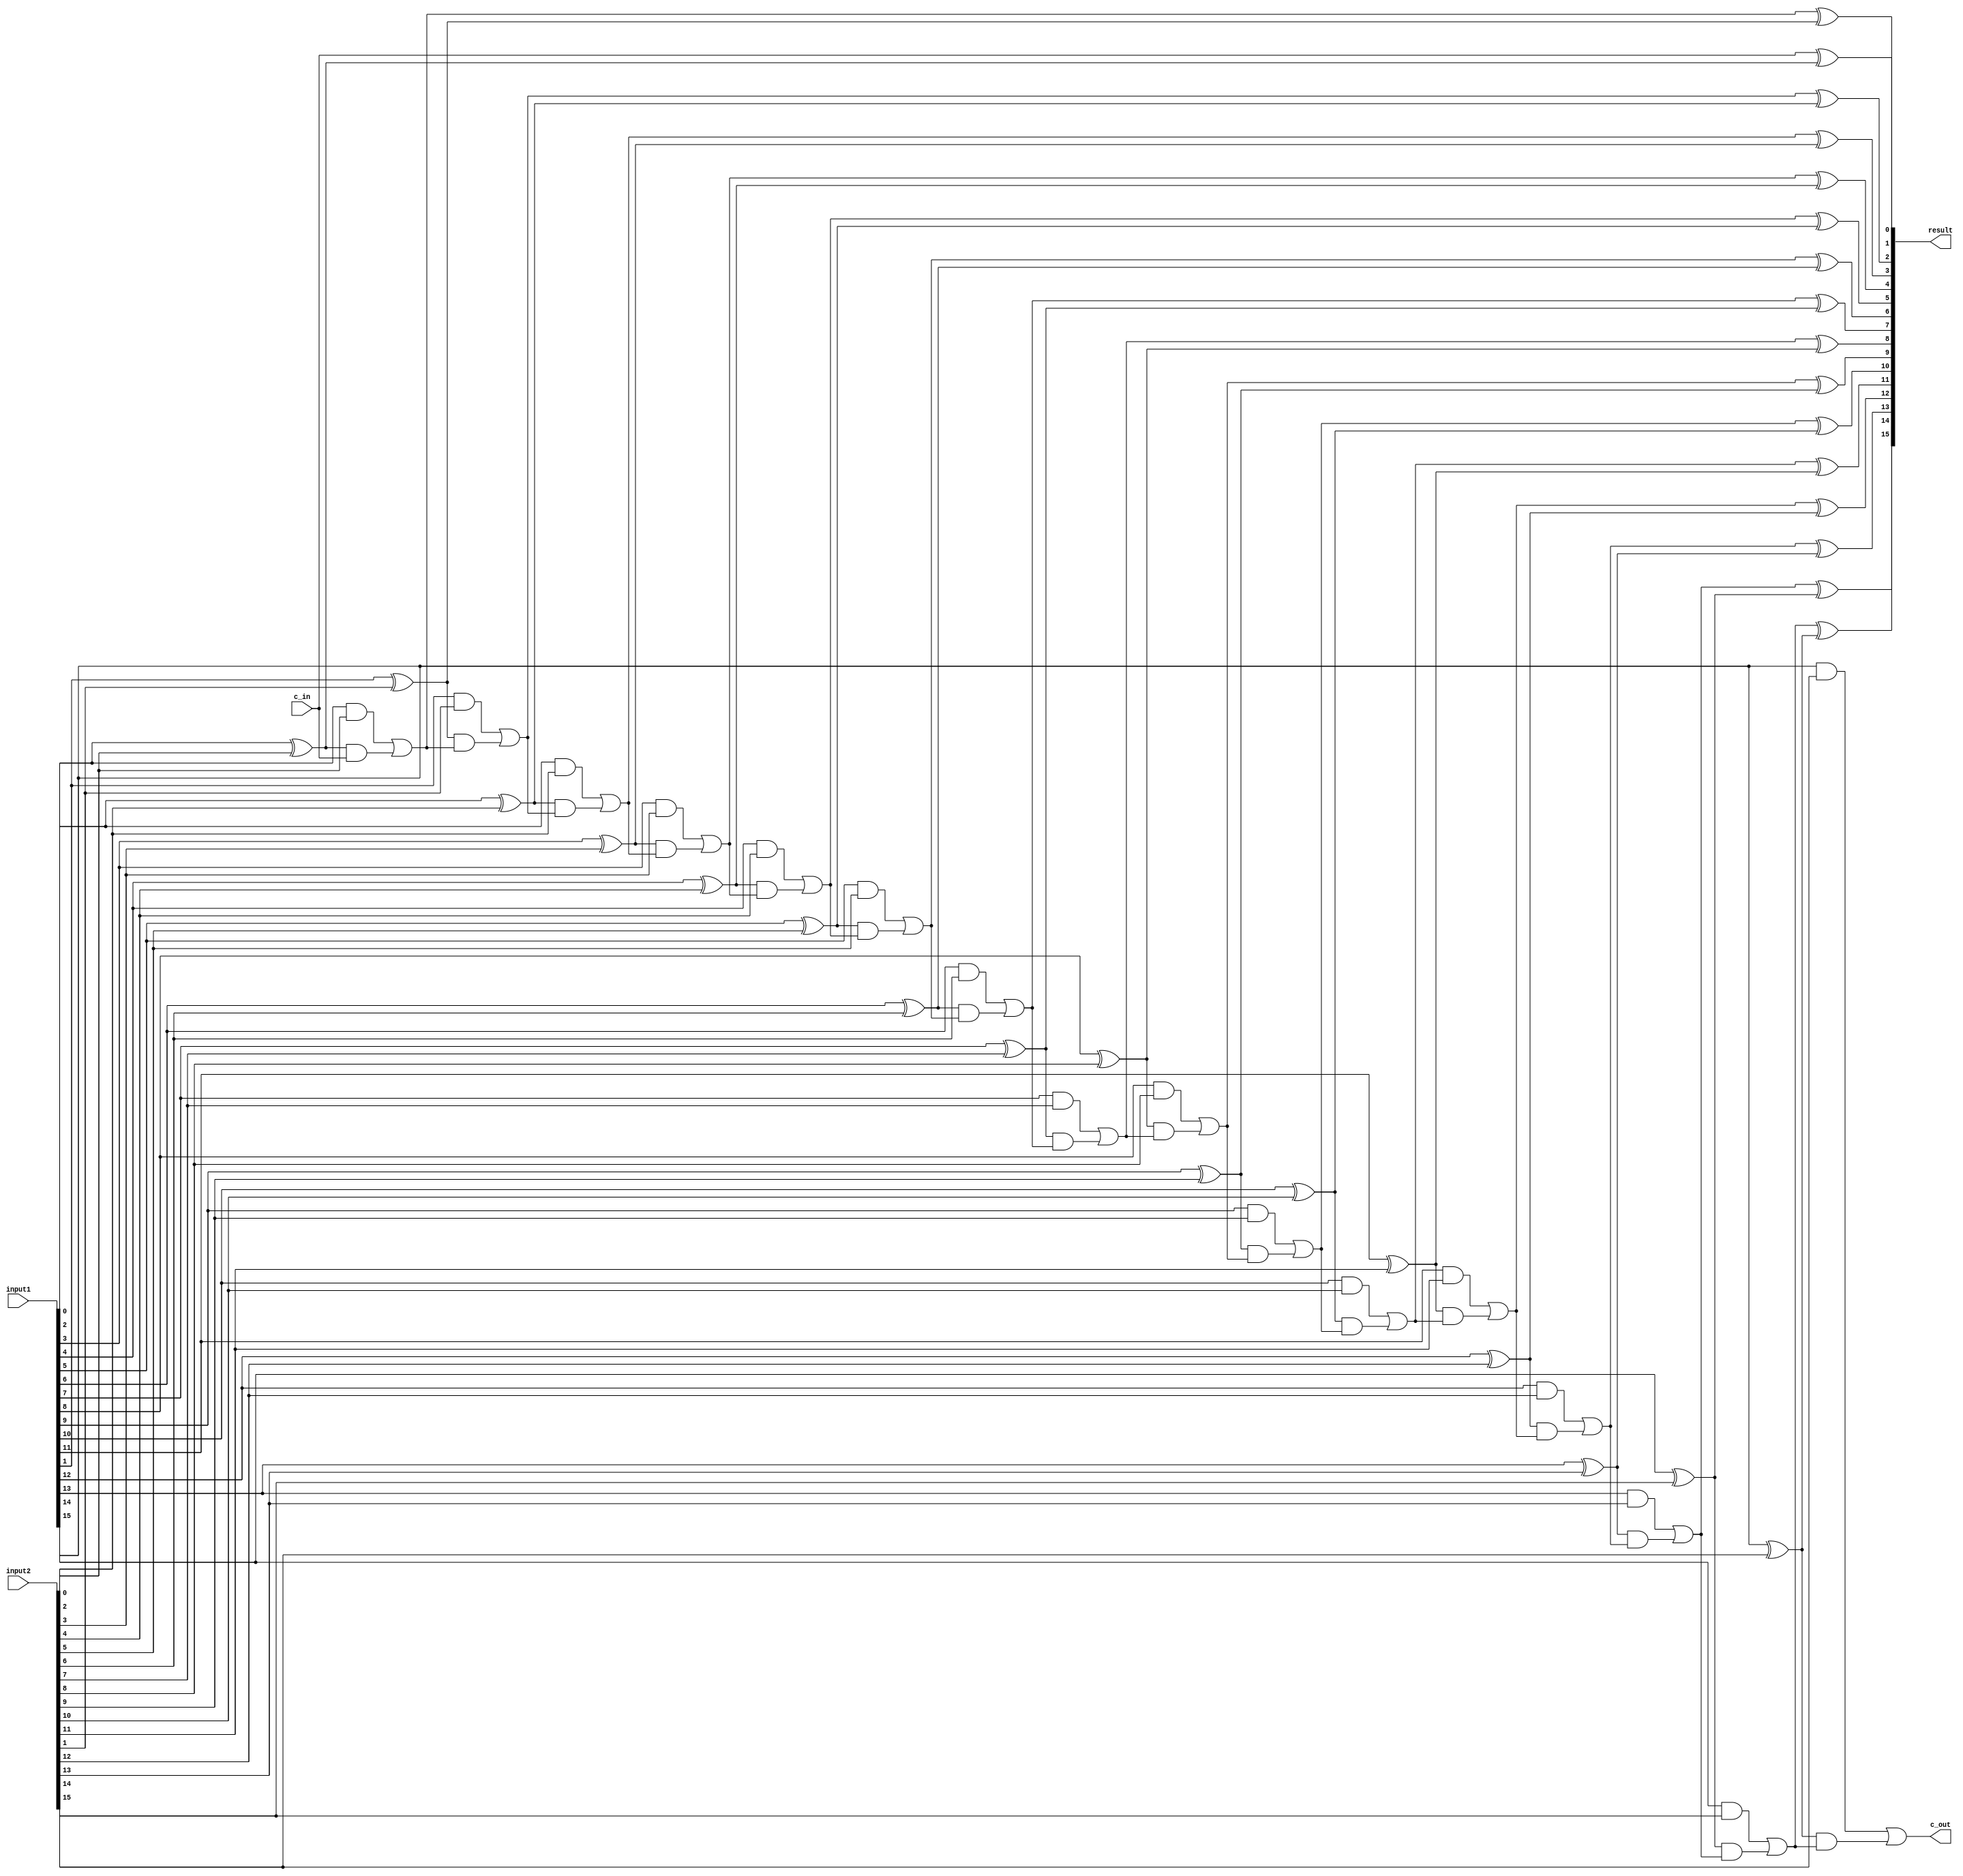
module cl_adder
    #(parameter SIZE=16)
    (
    input [SIZE-1:0] input1,
    input [SIZE-1:0] input2,
    input c_in,
    output [SIZE-1:0] result,
    output c_out);
    
    wire [SIZE:0] w_carry;
    wire [SIZE-1:0] w_generate, w_propagate, w_sum;

    assign w_carry[0] = c_in;

    genvar i;
    generate
        for (i=0; i<SIZE; i=i+1)
        begin
            assign w_generate[i] = input1[i] & input2[i];
            assign w_propagate[i] = input1[i] ^ input2[i];
            assign w_carry[i+1] = w_generate[i] | (w_propagate[i] & w_carry[i]);
            assign w_sum[i] = w_carry[i] ^ w_propagate[i];
        end
    endgenerate

    assign result = w_sum;
    assign c_out = w_carry[SIZE];
endmodule